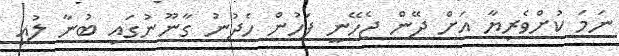
ނަމަ ކުށްވެރިޔާ އަށް ދޭން ޖެހޭނީ ފަހުން ހެދުނު ގާނޫނުގައި ބުނާ ލުއި